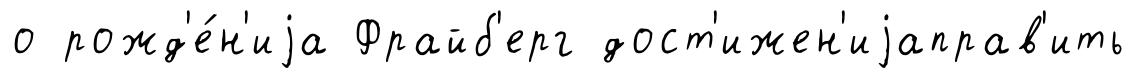
о рожд'е́н'иjа Фрайб'ерг дост'ижен'иjаправ'ить